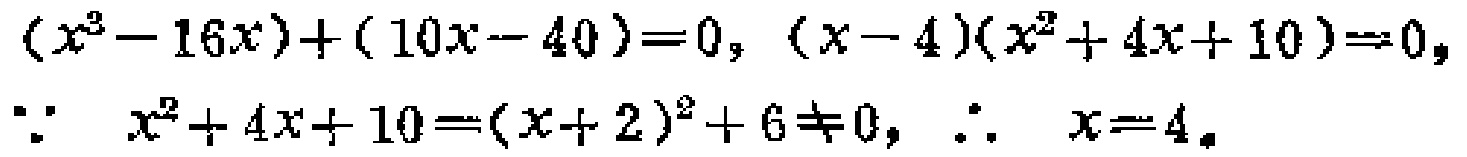
\((x^{3}-16x)+(10x - 40)=0, (x - 4)(x^{2}+4x + 10)=0,\)

\(\because x^{2}+4x + 10=(x + 2)^{2}+6\neq0, \therefore x = 4。\)